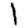
Digit: 1